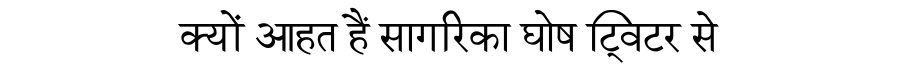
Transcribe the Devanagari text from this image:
क्यों आहत हैं सागरिका घोष ट्विटर से